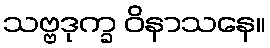
သဗ္ဗဒုက္ခ ဝိနာသနေ။